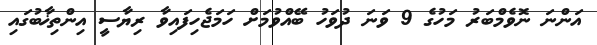
އަންނަ ނޮވެމްބަރު މަހުގެ 9 ވަނަ ދުވަހު ބޭއްވުމަށް ހަމަޖެހިފައިވާ ރިޔާސީ އިންތިޚާބުގައި